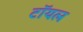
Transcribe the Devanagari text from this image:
टॉयल